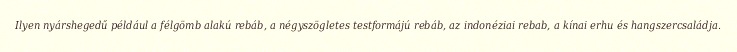
Ilyen nyárshegedű például a félgömb alakú rebáb, a négyszögletes testformájú rebáb, az indonéziai rebab, a kínai erhu és hangszercsaládja.